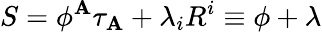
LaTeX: S=\phi^{\mathbf{A}}\tau_{\mathbf{A}}+\lambda_{i}R^{i}\equiv\phi+\lambda